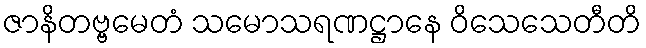
ဇာနိတဗ္ဗမေတံ သမောသရဏဋ္ဌာနေ ဝိသေသေတီတိ